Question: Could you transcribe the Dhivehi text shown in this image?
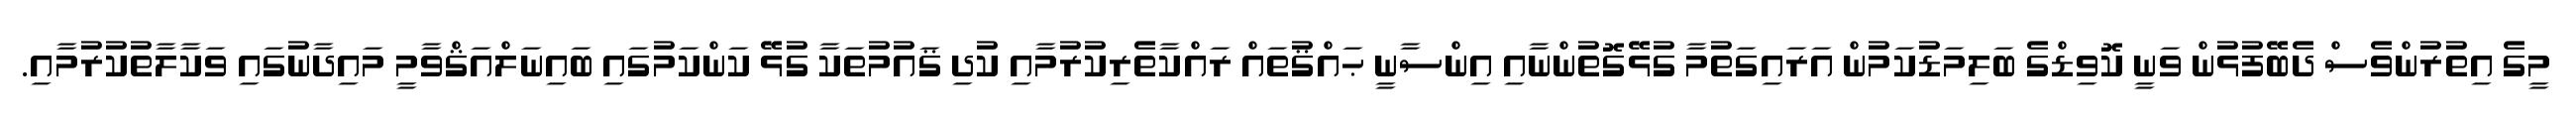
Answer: މީގެ އިތުރުންވެސް ދެބޭފުޅުން ވަނީ ކޮވިޑްގެ ބަލިމަޑުކަމުން އަރައިގަތުމާ ގުޅޭގޮތުންނާއި އިންސާނީ ޙައްޤުތައް ރައްކާތެރިކުރުމާއި ކުދި ޤައުމުތަކާ ގުޅޭ ކަންކަމުގައި ބައިނަލްއަޤްވާމީ މައިދާނުގައި ވަކާލާތުކުރުމާއި.